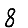
Digit: 8